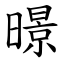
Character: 暻